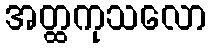
အတ္ထကုသလော